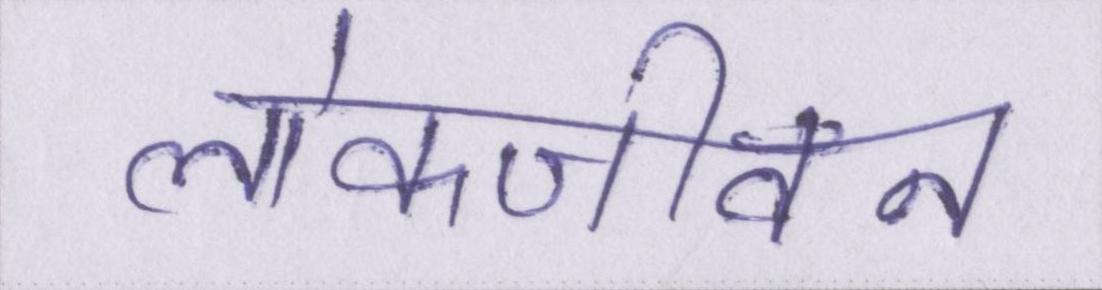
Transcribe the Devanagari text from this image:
लोकजीवन